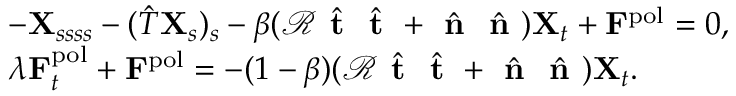
\begin{array} { r l } & { - \mathbf { X } _ { s s s s } - ( \hat { T } \mathbf { X } _ { s } ) _ { s } - \beta ( \mathcal { R } \hat { \textbf { t } } \hat { \textbf { t } } + \hat { \textbf { n } } \hat { \textbf { n } } ) { \bf { X } } _ { t } + \mathbf { F } ^ { \mathrm { p o l } } = 0 , } \\ & { \lambda \mathbf { F } _ { t } ^ { \mathrm { p o l } } + \mathbf { F } ^ { \mathrm { p o l } } = - ( 1 - \beta ) ( \mathcal { R } \hat { \textbf { t } } \hat { \textbf { t } } + \hat { \textbf { n } } \hat { \textbf { n } } ) { \bf { X } } _ { t } . } \end{array}